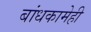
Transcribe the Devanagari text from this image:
बांधकामेही